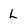
Character: L